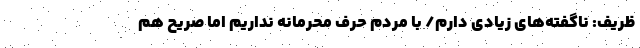
ظریف: ناگفته‌های زيادی دارم/ با مردم حرف محرمانه نداریم اما صریح هم